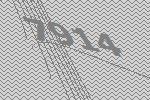
7914